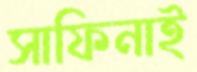
সাফিনাই